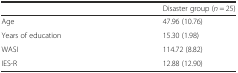
<table><thead><tr><td></td><td><b>Disaster group (<i>n</i> = 25)</b></td></tr></thead><tbody><tr><td>Age</td><td>47.96 (10.76)</td></tr><tr><td>Years of education</td><td>15.30 (1.98)</td></tr><tr><td>WASI</td><td>114.72 (8.82)</td></tr><tr><td>IES-R</td><td>12.88 (12.90)</td></tr></tbody></table>